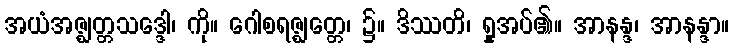
အယံအဇ္ဈတ္တသဒ္ဒေါ၊ ကို။ ဂေါစရဇ္ဈတ္တေ၊ ၌။ ဒိဿတိ၊ ရှုအပ်၏။ အာနန္ဒ၊ အာနန္ဒာ။